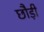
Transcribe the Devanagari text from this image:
छौड़ी